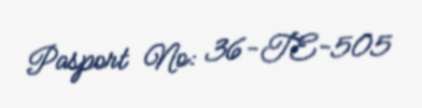
Pasport №: 36-TE-505